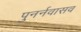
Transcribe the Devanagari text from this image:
पुनर्नवासव